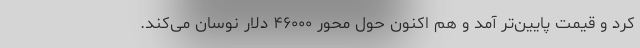
کرد و قیمت پایین‌تر آمد و هم اکنون حول محور ۴۶۰۰۰ دلار نوسان می‌کند.